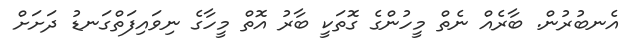
އެނބުރުން. ބާރެއް ނެތް މީހުންގެ ގޮތަކީ ބާރު އޮތް މީހާގެ ނިވައިފަތްގަނޑު ދަށަށް